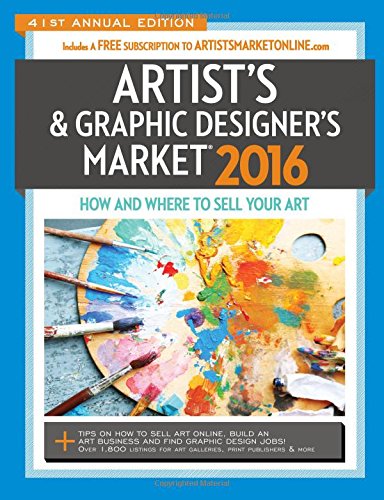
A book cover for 2016 Artist's & Graphic Designer's Market; Mary Burzlaff Bostic; Arts & Photography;